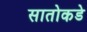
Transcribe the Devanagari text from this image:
सातोकडे